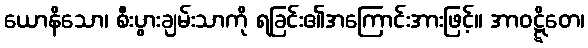
ယောနိသော၊ စီးပွားချမ်းသာကို ရခြင်း၏အကြောင်းအားဖြင့်။ အာဝဋ္ဋိတေ၊